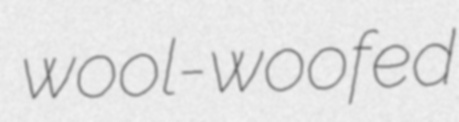
wool-woofed